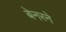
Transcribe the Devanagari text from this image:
बेनरने